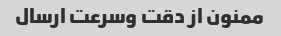
ممنون از دقت وسرعت ارسال